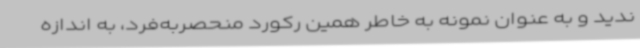
ندید و به‌ عنوان نمونه به‌ خاطر همین رکورد منحصربه‌فرد، به اندازه